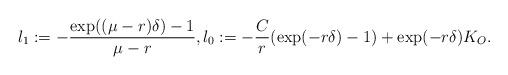
LaTeX: \begin{align*}l_1:=-\frac{\exp((\mu-r)\delta)-1}{\mu-r},l_0:=-\frac{C}{r}(\exp(-r\delta)-1)+\exp(-r\delta)K_O.\end{align*}